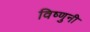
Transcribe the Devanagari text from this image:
विष्णुनी